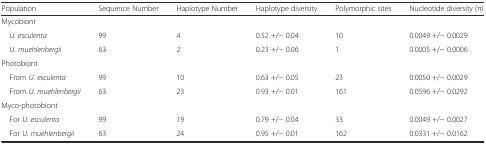
| Population | Sequence Number | Haplotype Number | Haplotype diversity | Polymorphic sites | Nucleotide diversity (π) |
 | --- | --- | --- | --- | --- | --- |
 | <COLSPAN=6> Mycobiont |
 | U. esculenta | 99 | 4 | 0.52 +/− 0.04 | 10 | 0.0049 +/− 0.0029 |
 | U. muehlenbergii | 63 | 2 | 0.23 +/− 0.06 | 1 | 0.0005 +/− 0.0006 |
 | <COLSPAN=6> Photobiont |
 | From U. esculenta | 99 | 10 | 0.63 +/− 0.05 | 23 | 0.0050 +/− 0.0029 |
 | From U. muehlenbergii | 63 | 23 | 0.93 +/− 0.01 | 161 | 0.0596 +/− 0.0292 |
 | <COLSPAN=6> Myco-photobiont |
 | For U. esculenta | 99 | 19 | 0.79 +/− 0.04 | 33 | 0.0049 +/− 0.0027 |
 | For U. muehlenbergii | 63 | 24 | 0.95 +/− 0.01 | 162 | 0.0331 +/− 0.0162 |